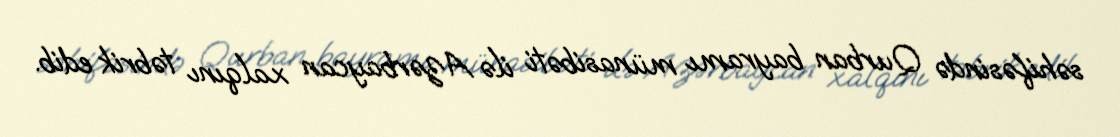
səhifəsində Qurban bayramı münasibəti ilə Azərbaycan xalqını təbrik edib.